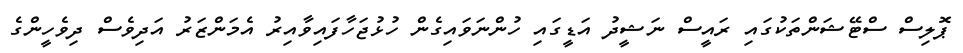
ޕޮލިސް ސްޓޭޝަންތަކުގައި ރައީސް ނަޝީދު އަޑީގައި ހުންނަވައިގެން ހުޅުޖަހާފައިވާއިރު އެމަންޒަރު އަދިވެސް ދިވެހީންގެ